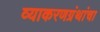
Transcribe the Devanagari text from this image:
व्याकरणग्रंथांचा